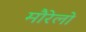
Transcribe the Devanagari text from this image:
मौरेलो